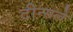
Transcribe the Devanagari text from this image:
टीन्सले